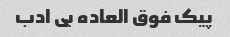
پیک فوق العاده بی ادب